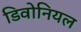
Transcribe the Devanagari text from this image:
डिवोनियल